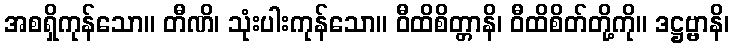
အစရှိကုန်သော။ တီဏိ၊ သုံးပါးကုန်သော။ ဝီထိစိတ္တာနိ၊ ဝီထိစိတ်တို့ကို။ ဒဋ္ဌဗ္ဗာနိ၊